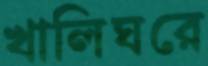
খালিঘরে